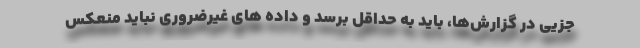
جزیی در گزارش‌ها، باید به حداقل برسد و داده های غیرضروری نباید منعکس